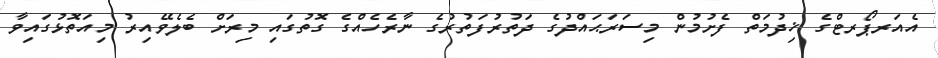
އެއަރޕޯރޓްގެ ޚިދުމަތް ފެށުމުން މިސަރަޙައްދުގެ ދަތުރުފަތުރުގެ ނާރެހެއްގެ ގޮތުގައި މިރަށް ބެލެވޭއިރު މިއަތޮޅުގައިވާ